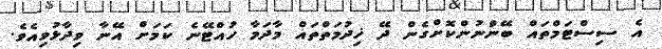
އެ ސިސްޓަމްތައް ބޭނުްނުންކޮށްގެން ދޭ ޚިދުމަތްތައް މާދަމާ ހުއްޓޭނެ ކަމަށް އޭނާ ވިދާޅުވިއެވެ.